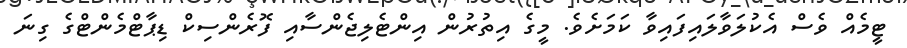
ޓީމެއް ވެސް އެކުލަވާލައިފައިވާ ކަމަށެވެ. މީގެ އިތުރުން އިންޓެލިޖެންސާއި ފޮރެންސިކް ޑިޕާޓްމެންޓްގެ ގިނަ